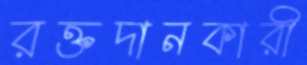
রক্তদানকারী